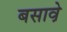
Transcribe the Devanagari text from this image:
बसावे़